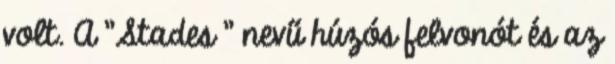
volt. A "Stades " nevű húzós felvonót és az